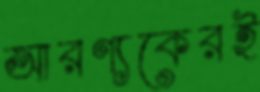
আরণ্যকেরই